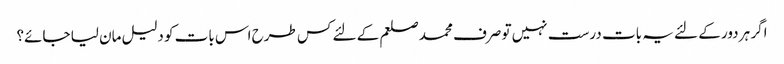
اگر ہر دور کے لئے یہ بات درست نہیں تو صرف محمد صلعم کے لئے کس طرح اس بات کو دلیل مان لیا جائے؟